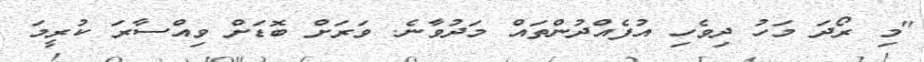
"މި ރޯދަ މަހު ދިވެހި އުފެއްދުންތައް މަދުވާނެ. ވަރަށް ބޮޑަށް ވިއްސާރަ ކުރީމަ